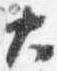
大